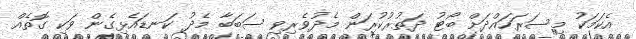
އެކަމަކު މިސަރަހައްދަށް ބޯޓު ދަތުރުކުރަން މެދުވެރިވި ސަބަބާ މެދު ކަނޑައެޅިގެން ވަކި ގޮތެއް